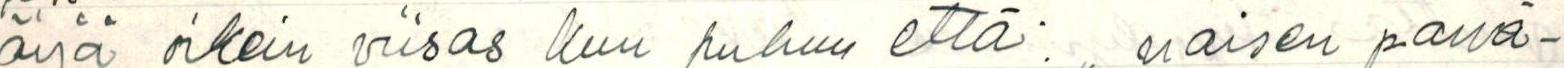
äijä oikein viisas Kun puhuu että: ,, naisen päivä-